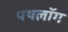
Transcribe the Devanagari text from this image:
पथलॉग